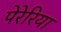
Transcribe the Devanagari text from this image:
पेरेरिया